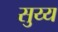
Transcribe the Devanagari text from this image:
सुय्य